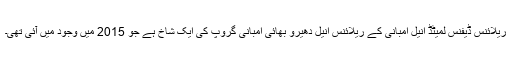
ریلائنس ڈیفنس لمیٹڈ انیل امبانی کے ریلائنس انیل دھیرو بھائی امبانی گروپ کی ایک شاخ ہے جو 2015 میں وجود میں آئی تھی۔